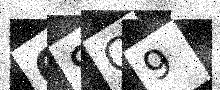
Text: 6SC9